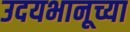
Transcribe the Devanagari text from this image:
उदयभानूच्या